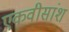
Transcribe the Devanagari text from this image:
एकवीसांश